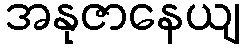
အနုဇာနေယျ